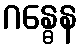
ဂန္ဓေန